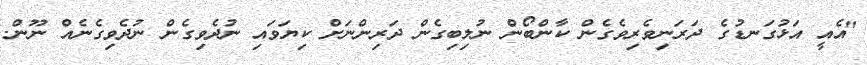
"އެއީ އަޅުގަނޑުގެ ދަރަނިވެރިވެގެން ކާންބޯން ނުލިބިގެން ދަރިންނަށް ކިޔަވައި ނުދެވިގެން ނުދެވިގެނެއް ނޫން.